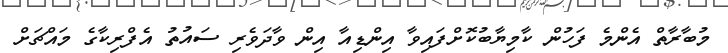
މުބާރާތް އެންމެ ފަހުން ކާމިޔާބުކޮށްފައިވާ އިންޑިއާ އިން ވާދަވެރި ސައުތު އެފްރިކާގެ މައްޗަށް